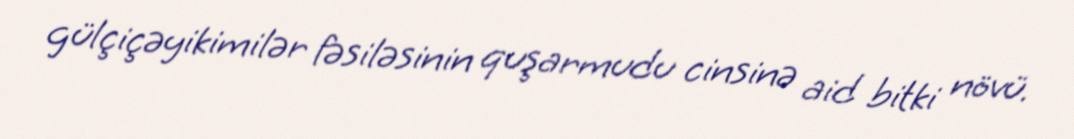
gülçiçəyikimilər fəsiləsinin quşarmudu cinsinə aid bitki növü.